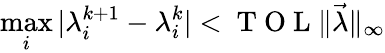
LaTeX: \operatorname*{max}_{i}|\lambda_{i}^{k+1}-\lambda_{i}^{k}|<\mathrm{~T~O~L~}\| \vec{\lambda}\| _{\infty}